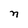
Character: n